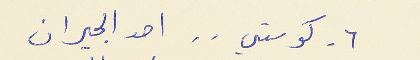
٦ - كوستي . . احد الجيران